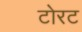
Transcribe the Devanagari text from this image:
टोरट